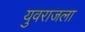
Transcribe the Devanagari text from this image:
युवराजला